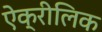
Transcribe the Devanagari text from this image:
ऐक्रीलिक